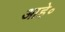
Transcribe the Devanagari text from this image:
आहे॰